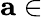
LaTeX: {\textbf{a}}\in